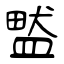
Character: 盢